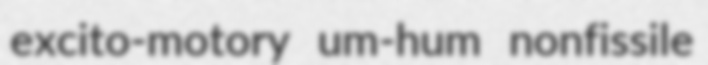
excito-motory um-hum nonfissile